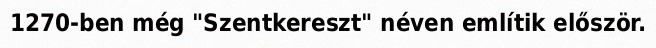
1270-ben még "Szentkereszt" néven említik először.